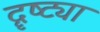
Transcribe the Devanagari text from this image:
दॄष्ट्या